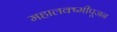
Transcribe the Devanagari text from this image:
महालक्ष्मीपूजन